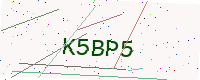
Text: K5BP5